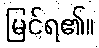
မြင်ရ၏။